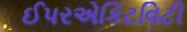
ઈપરએકિટવિટી